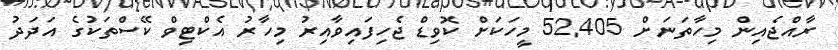
ރާއްޖެއިން މިހާތަނަށް 52